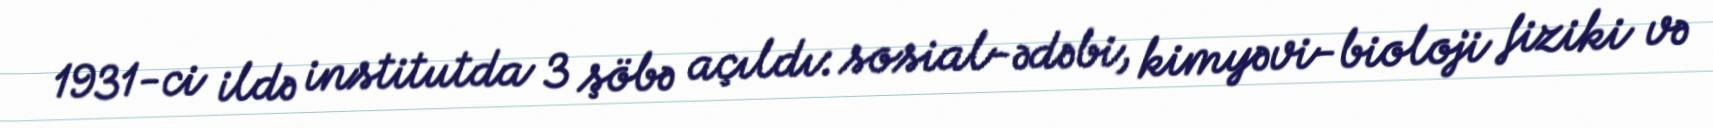
1931-ci ildə institutda 3 şöbə açıldı: sosial-ədəbi, kimyəvi-bioloji fiziki və